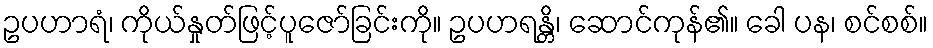
ဥပဟာရံ၊ ကိုယ်နှုတ်ဖြင့်ပူဇော်ခြင်းကို။ ဥပဟရန္တိ၊ ဆောင်ကုန်၏။ ခေါ ပန၊ စင်စစ်။